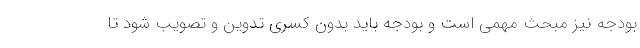
بودجه نیز مبحث مهمی است و بودجه باید بدون کسری تدوین و تصویب شود تا